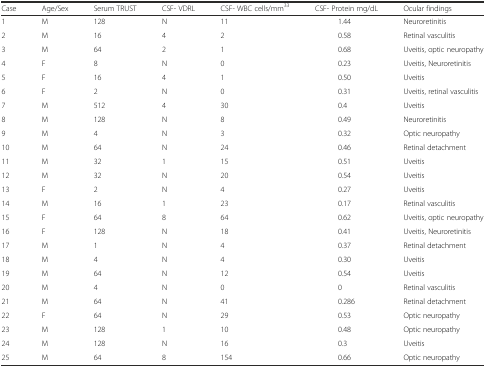
<table><thead><tr><td><b>Case</b></td><td><b>Age/Sex</b></td><td><b>Serum TRUST</b></td><td><b>CSF- VDRL</b></td><td><b>CSF- WBC cells/mm<sup>33</sup></b></td><td><b>CSF- Protein mg/dL</b></td><td><b>Ocular findings</b></td></tr></thead><tbody><tr><td>1</td><td>M</td><td>128</td><td>N</td><td>11</td><td>1.44</td><td>Neuroretinitis</td></tr><tr><td>2</td><td>M</td><td>16</td><td>4</td><td>2</td><td>0.58</td><td>Retinal vasculitis</td></tr><tr><td>3</td><td>M</td><td>64</td><td>2</td><td>1</td><td>0.68</td><td>Uveitis, optic neuropathy</td></tr><tr><td>4</td><td>F</td><td>8</td><td>N</td><td>0</td><td>0.23</td><td>Uveitis, Neuroretinitis</td></tr><tr><td>5</td><td>F</td><td>16</td><td>4</td><td>1</td><td>0.50</td><td>Uveitis</td></tr><tr><td>6</td><td>F</td><td>2</td><td>N</td><td>0</td><td>0.31</td><td>Uveitis, retinal vasculitis</td></tr><tr><td>7</td><td>M</td><td>512</td><td>4</td><td>30</td><td>0.4</td><td>Uveitis</td></tr><tr><td>8</td><td>M</td><td>128</td><td>N</td><td>8</td><td>0.49</td><td>Neuroretinitis</td></tr><tr><td>9</td><td>M</td><td>4</td><td>N</td><td>3</td><td>0.32</td><td>Optic neuropathy</td></tr><tr><td>10</td><td>M</td><td>64</td><td>N</td><td>24</td><td>0.46</td><td>Retinal detachment</td></tr><tr><td>11</td><td>M</td><td>32</td><td>1</td><td>15</td><td>0.51</td><td>Uveitis</td></tr><tr><td>12</td><td>M</td><td>32</td><td>N</td><td>20</td><td>0.54</td><td>Uveitis</td></tr><tr><td>13</td><td>F</td><td>2</td><td>N</td><td>4</td><td>0.27</td><td>Uveitis</td></tr><tr><td>14</td><td>M</td><td>16</td><td>1</td><td>23</td><td>0.17</td><td>Retinal vasculitis</td></tr><tr><td>15</td><td>F</td><td>64</td><td>8</td><td>64</td><td>0.62</td><td>Uveitis, optic neuropathy</td></tr><tr><td>16</td><td>F</td><td>128</td><td>N</td><td>18</td><td>0.41</td><td>Uveitis, Neuroretinitis</td></tr><tr><td>17</td><td>M</td><td>1</td><td>N</td><td>4</td><td>0.37</td><td>Retinal detachment</td></tr><tr><td>18</td><td>M</td><td>4</td><td>N</td><td>4</td><td>0.30</td><td>Uveitis</td></tr><tr><td>19</td><td>M</td><td>64</td><td>N</td><td>12</td><td>0.54</td><td>Uveitis</td></tr><tr><td>20</td><td>M</td><td>4</td><td>N</td><td>0</td><td>0</td><td>Retinal vasculitis</td></tr><tr><td>21</td><td>M</td><td>64</td><td>N</td><td>41</td><td>0.286</td><td>Retinal detachment</td></tr><tr><td>22</td><td>F</td><td>64</td><td>N</td><td>29</td><td>0.53</td><td>Optic neuropathy</td></tr><tr><td>23</td><td>M</td><td>128</td><td>1</td><td>10</td><td>0.48</td><td>Optic neuropathy</td></tr><tr><td>24</td><td>M</td><td>128</td><td>N</td><td>16</td><td>0.3</td><td>Uveitis</td></tr><tr><td>25</td><td>M</td><td>64</td><td>8</td><td>154</td><td>0.66</td><td>Optic neuropathy</td></tr></tbody></table>